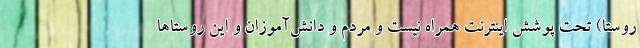
روستا) تحت پوشش اینترنت همراه نیست و مردم و دانش‌آموزان و این روستاها